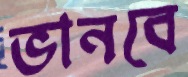
ভানবে